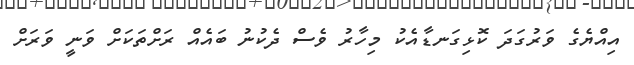
އިއްޔެގެ ވަރުގަދަ ކޮޅިގަނޑާއެކު މިހާރު ވެސް ދެކުނު ބައެއް ރަށްތަކަށް ވަނީ ވަރަށް